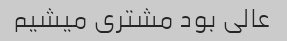
عالی بود مشتری میشیم